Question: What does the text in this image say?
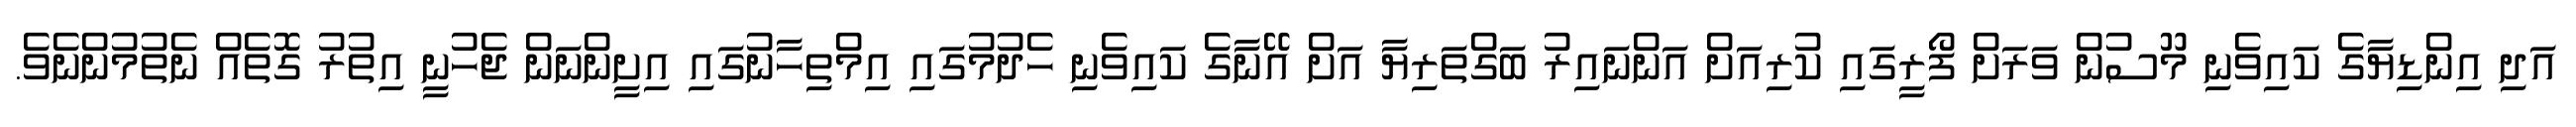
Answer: އަދި އިންޑިޔާގެ ކައިވެނި މޫސުން ވަރަށް ފޯރީގައި ކުރިއަށް އަންނައިރު ބަގްތަރިޔާ އަށް އޭނާގެ ކައިވެނި ހެދުމުގައި އިމްތިހާނުގައި އިށީންނަން ޖެހުނީ އިތުރު ގޮތެއް ނެތުމުންނެވެ.